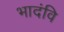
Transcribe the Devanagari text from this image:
भादंवि